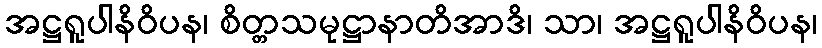
အဋ္ဌရူပါနိဝိပန၊ စိတ္တသမုဋ္ဌာနာတိအာဒိ၊ သာ၊ အဋ္ဌရူပါနိဝိပန၊